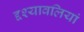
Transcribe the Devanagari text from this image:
द्दश्यावलियां